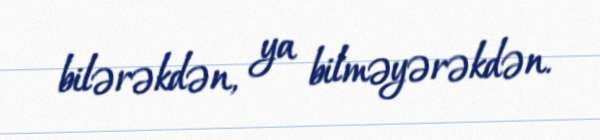
bilərəkdən, ya bilməyərəkdən.